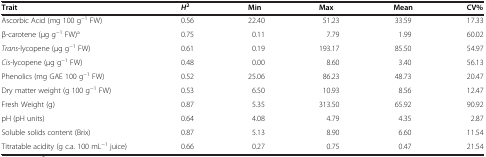
<table><thead><tr><td><b>Trait</b></td><td><b><i>H</i><sup>2</sup></b></td><td><b>Min</b></td><td><b>Max</b></td><td><b>Mean</b></td><td><b>CV%</b></td></tr></thead><tbody><tr><td>Ascorbic Acid (mg 100 g<sup>−1</sup> FW)</td><td>0.56</td><td>22.40</td><td>51.23</td><td>33.59</td><td>17.33</td></tr><tr><td>β-carotene (μg g<sup>−1</sup> FW)<sup>a</sup></td><td>0.75</td><td>0.11</td><td>7.79</td><td>1.99</td><td>60.02</td></tr><tr><td><i>Trans</i>-lycopene (μg g<sup>−1</sup> FW)</td><td>0.61</td><td>0.19</td><td>193.17</td><td>85.50</td><td>54.97</td></tr><tr><td><i>Cis</i>-lycopene (μg g<sup>−1</sup> FW)</td><td>0.48</td><td>0.00</td><td>8.60</td><td>3.40</td><td>56.13</td></tr><tr><td>Phenolics (mg GAE 100 g<sup>−1</sup> FW)</td><td>0.52</td><td>25.06</td><td>86.23</td><td>48.73</td><td>20.47</td></tr><tr><td>Dry matter weight (g 100 g<sup>−1</sup> FW)</td><td>0.53</td><td>6.50</td><td>10.93</td><td>8.56</td><td>12.47</td></tr><tr><td>Fresh Weight (g)</td><td>0.87</td><td>5.35</td><td>313.50</td><td>65.92</td><td>90.92</td></tr><tr><td>pH (pH units)</td><td>0.64</td><td>4.08</td><td>4.79</td><td>4.35</td><td>2.87</td></tr><tr><td>Soluble solids content (Brix)</td><td>0.87</td><td>5.13</td><td>8.90</td><td>6.60</td><td>11.54</td></tr><tr><td>Titratable acidity (g c.a. 100 mL<sup>−1</sup> juice)</td><td>0.66</td><td>0.27</td><td>0.75</td><td>0.47</td><td>21.54</td></tr></tbody></table>